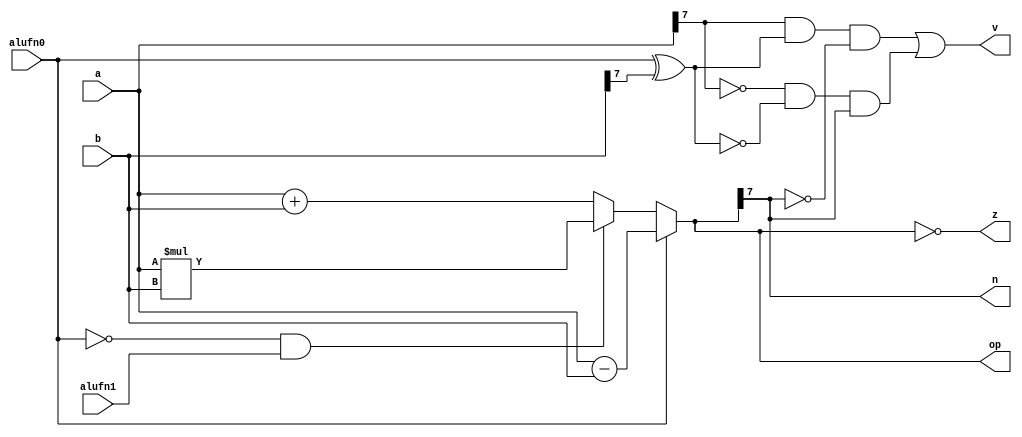
/*
   This file was generated automatically by the Mojo IDE version B1.3.4.
   Do not edit this file directly. Instead edit the original Lucid source.
   This is a temporary file and any changes made to it will be destroyed.
*/

module adder_1 (
    input [7:0] a,
    input [7:0] b,
    input alufn0,
    input alufn1,
    output reg [7:0] op,
    output reg z,
    output reg v,
    output reg n
  );
  
  
  
  reg [7:0] tmpsum;
  
  reg xb7;
  
  always @* begin
    if (alufn0 == 1'h1) begin
      tmpsum = a - b;
    end else begin
      if (alufn0 == 1'h0 & alufn1 == 1'h1) begin
        tmpsum = a * b;
      end else begin
        tmpsum = a + b;
      end
    end
    xb7 = (alufn0 ^ b[7+0-:1]);
    op = tmpsum;
    z = (tmpsum == 8'h00);
    n = tmpsum[7+0-:1];
    v = (a[7+0-:1] & xb7 & (~tmpsum[7+0-:1])) | ((~a[7+0-:1]) & (~xb7) & tmpsum[7+0-:1]);
  end
endmodule